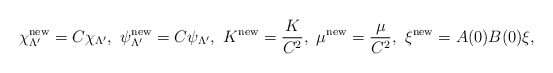
\begin{align*}\chi_{\Lambda'}^{\rm new}=C\chi_{\Lambda'},~\psi_{\Lambda'}^{\rm new}=C\psi_{\Lambda'},~K^{\rm new}=\frac{K}{C^2},~\mu^{\rm new}=\frac{\mu}{C^2},~\xi^{\rm new}=A(0)B(0)\xi,\end{align*}